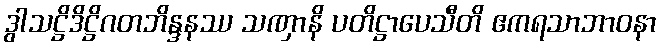
ဒွါသဋ္ဌိဒိဋ္ဌိဂတဘိန္ဒနဿ သဏှာနိ ပတိဋ္ဌာပေသီတိ ဧကရသာဘာဝနာ